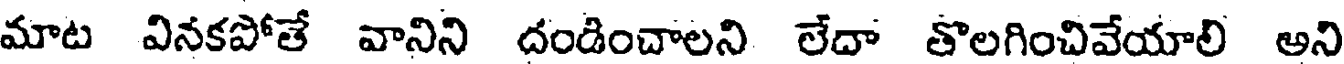
మాట వినకపోతే వానిని దండించాలని లేదా తొలగించివేయాలి అని